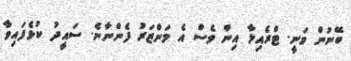
ބޭނުން ވަނީ. ޓްރެއިލާ އިން ވެސް އެ މަންޒަރު ފެންނާނެ. ސައީދު ކުޅެފައިވާ